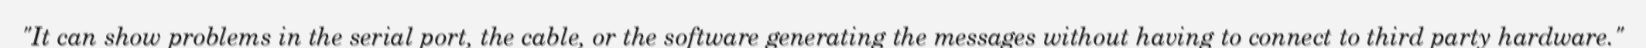
"It can show problems in the serial port, the cable, or the software generating the messages without having to connect to third party hardware."